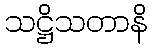
သဋ္ဌိသတာနိ